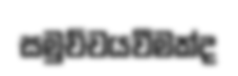
සමුච්චයවීමක්ද